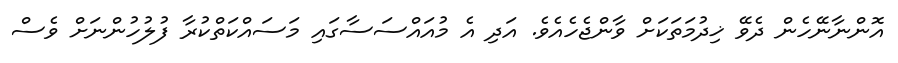
އޮންނާނޭހެން ދެވޭ ޚިދުމަތަކަށް ވާންޖެހެއެވެ. އަދި އެ މުއައްސަސާގައި މަސައްކަތްކުރާ ފުލުހުންނަށް ވެސް